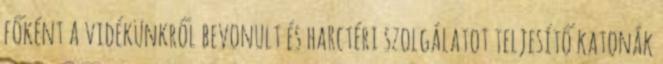
főként a vidékünkről bevonult és harctéri szolgálatot teljesítő katonák